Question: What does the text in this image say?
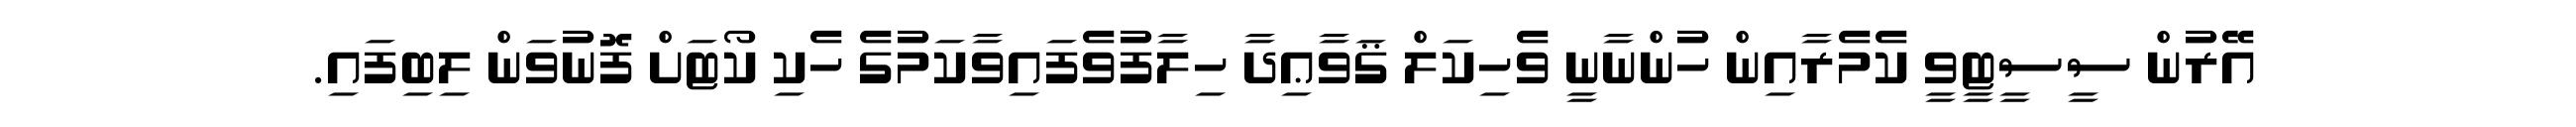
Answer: އޭރުން ސީސީޓީވީ ކެމެރާއިން ހުންނާނީ ވެހިކަލް ޤަވާޢިދާ ހިލާފުވެފައިވާކަމުގެ ހެކި ކޯޓަށް ފޮނުވަން ލިބިފައި.